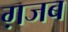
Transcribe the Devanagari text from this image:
ग़जब